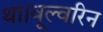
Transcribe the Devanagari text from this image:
था।वूल्वरिन